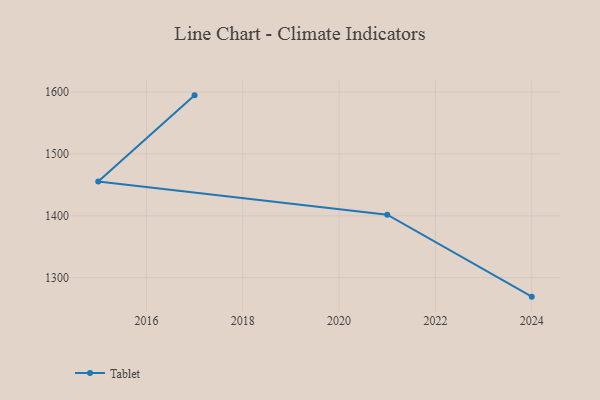
{"axis": {"x": "Year", "y": "Tickets Resolved"}, "legend": ["Tablet"], "data": [{"x": "2017", "y": 1594.6, "type": "Tablet"}, {"x": "2015", "y": 1455.4, "type": "Tablet"}, {"x": "2021", "y": 1401.8, "type": "Tablet"}, {"x": "2024", "y": 1269.3, "type": "Tablet"}]}